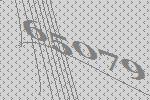
65079